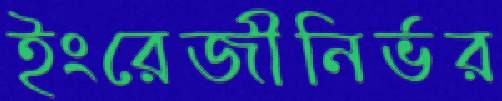
ইংরেজীনির্ভর